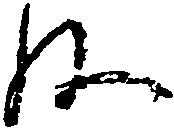
ね